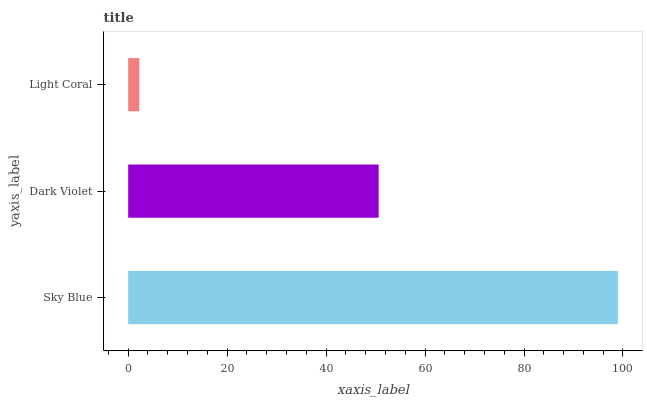
| yaxis_label | bars |
 | --- | --- |
 | Sky Blue | 99 |
 | Dark Violet | 50.6 |
 | Light Coral | 2.26 |